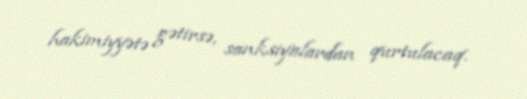
hakimiyyətə gətirsə, sanksiyalardan qurtulacaq.